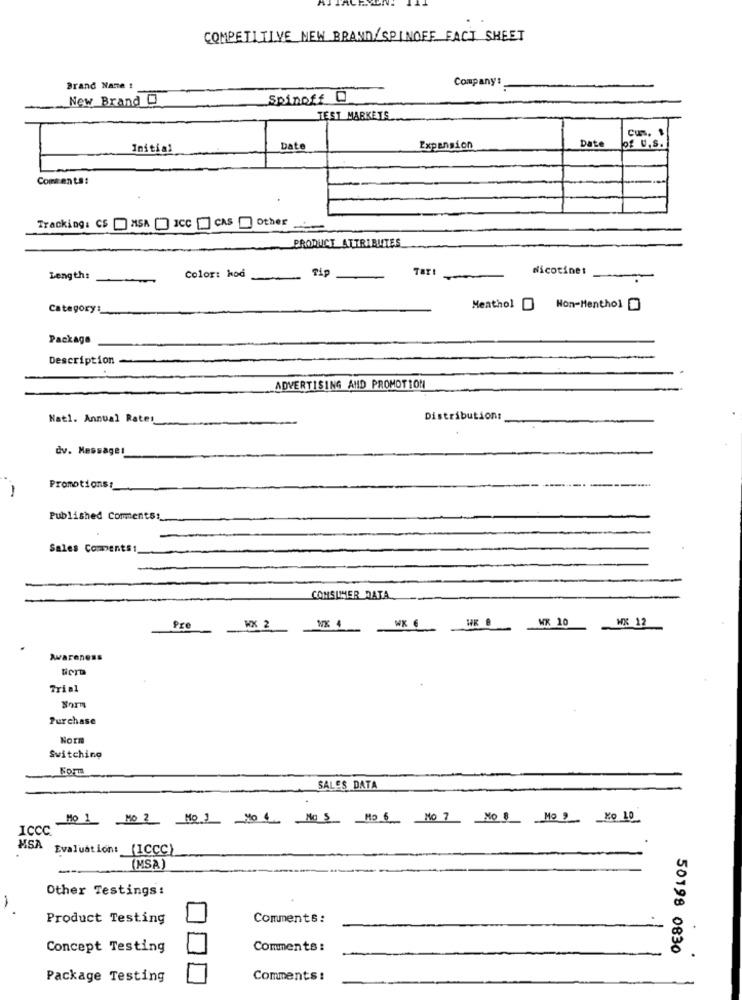
COMPETITIVE NEW BRAND/SPINOFF FACT SHEET
Company:
Brand Name :
New Brand O
Spinoff 0
TEST MARKETS
cum.
Initial
Date
Expansion
Date
of U.S.
Comments:
Tracking: CS [ MSA [ ICC [] CAS Other
PRODUCT ATTRIBUTES
Color: kod
Nicotinet
Length:
-
-
Category:
Menthol
Non-Menthol
Package
Description
ADVERTISING AND PROMOTION
Natl. Annual Rate:
Distribution:
dv. Messages
-
Promotions :_
Published Comments :_
-
Sales Comments:
-
COMSUMMER DATA
WX 10
WX 12
Pre
WX 2
NX 4
-
WK 6
Awareness
Trial
Born
Purchase
Nor
Switching
SALES DATA
ICCC
MSA
Evaluation: (1CCC)
(MSA)
Other Testings:
-
Product Testing
Comments:
Concept Testing
Comments :
50198 0830
Package Testing
Comments :